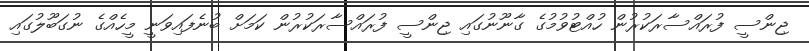
ޖިންސީ ފުރައްސާރަކުރުން ހުއްޓުވުމުގެ ގާނޫނުގައި ޖިންސީ ފުރައްސާރަކުރުން ކަމަށް ބުނެފައިވަނީ މީހެއްގެ ނުގަބޫލުގައި